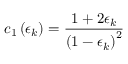
c _ { 1 } \left( \epsilon _ { k } \right) = \frac { 1 + 2 \epsilon _ { k } } { \left( 1 - \epsilon _ { k } \right) ^ { 2 } }